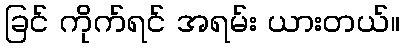
ခြင် ကိုက်ရင် အရမ်း ယားတယ်။